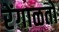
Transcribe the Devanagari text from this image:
रेंगाळतो